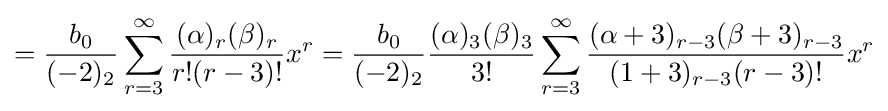
={\frac {b_{0}}{(-2)_{2}}}\sum _{r=3}^{\infty }{\frac {(\alpha )_{r}(\beta )_{r}}{r!(r-3)!}}x^{r}={\frac {b_{0}}{(-2)_{2}}}{\frac {(\alpha )_{3}(\beta )_{3}}{3!}}\sum _{r=3}^{\infty }{\frac {(\alpha +3)_{r-3}(\beta +3)_{r-3}}{(1+3)_{r-3}(r-3)!}}x^{r}